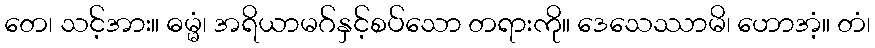
တေ၊ သင့်အား။ ဓမ္မံ၊ အရိယာမဂ်နှင့်စပ်သော တရားကို။ ဒေသေဿာမိ၊ ဟောအံ့။ တံ၊